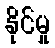
နိုင်မှု